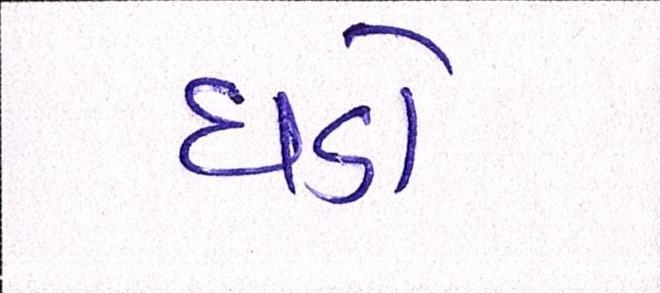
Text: ધડો